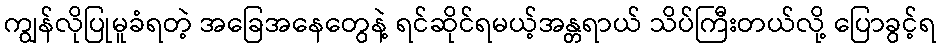
ကျွန်လိုပြုမူခံရတဲ့ အခြေအနေတွေနဲ့ ရင်ဆိုင်ရမယ့်အန္တရာယ် သိပ်ကြီးတယ်လို့ ပြောခွင့်ရ